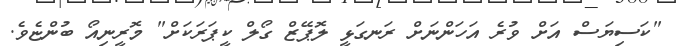
"ކަސިޔަސް އަށް ވުރެ އަހަންނަށް ރަނގަޅީ ލޮޕޭޒް ގޯލް ކީޕަރަކަށް" މޮރީނިއޯ ބުންޏެވެ.